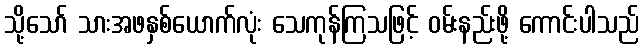
သို့သော် သားအဖနှစ်ယောက်လုံး သေကုန်ကြသဖြင့် ဝမ်းနည်းဖို့ ကောင်းပါသည်